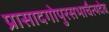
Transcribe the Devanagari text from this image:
प्रासादगोपुरसभाचैत्यदेव